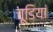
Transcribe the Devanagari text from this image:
चूडियां